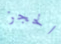
الحجز